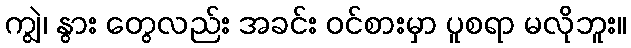
ကျွဲ၊ နွား တွေလည်း အခင်း ဝင်စားမှာ ပူစရာ မလိုဘူး။